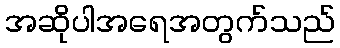
အဆိုပါအရေအတွက်သည်